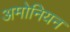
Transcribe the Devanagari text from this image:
अमोनियन